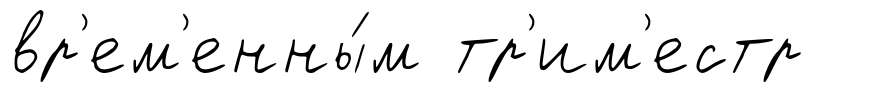
вр'ем'енны́м тр'им'естр